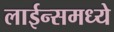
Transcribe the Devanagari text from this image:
लाईन्समध्ये